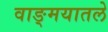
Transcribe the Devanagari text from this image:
वाङ्मयातले